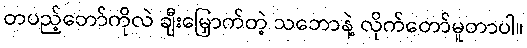
တပည့်တော်ကိုလဲ ချီးမြှောက်တဲ့ သဘောနဲ့ လိုက်တော်မူတာပါ။